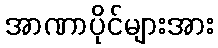
အာဏာပိုင်များအား